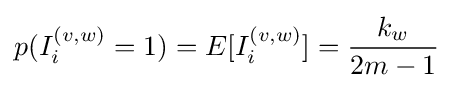
p(I_{i}^{(v,w)}=1)=E[I_{i}^{(v,w)}]={\frac {k_{w}}{2m-1}}